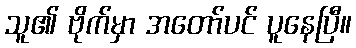
သူ၏ ဗိုက်မှာ အတော်ပင် ပူနေပြီ။